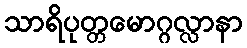
သာရိပုတ္တမောဂ္ဂလ္လာနာ